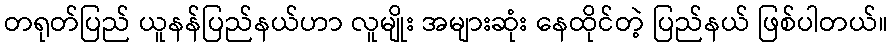
တရုတ်ပြည် ယူနန်ပြည်နယ်ဟာ လူမျိုး အများဆုံး နေထိုင်တဲ့ ပြည်နယ် ဖြစ်ပါတယ်။